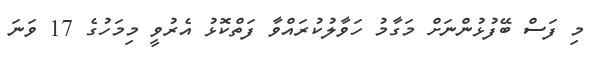
މި ފަސް ބޭފުޅުންނަށް މަގާމު ހަވާލުކުރައްވާ ފަތްކޮޅު އެރުވީ މިމަހުގެ 17 ވަނަ